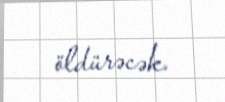
öldürəcək.